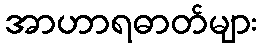
အာဟာရဓာတ်များ